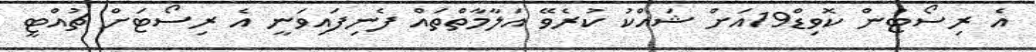
އެ ރިސޯޓުން ކޮވިޑް19އަށް ޝައްކު ކުރެވޭ އަލާމާތްތައް ފެނިފައިވަނީ އެ ރިސޯޓަށް ޗުއްޓީ